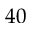
4 0